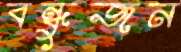
বন্ধুজন